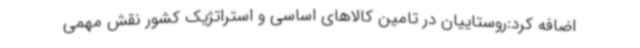
اضافه کرد:روستاییان در تامین کالاهای اساسی و استراتژیک کشور نقش مهمی